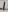
Text: 1